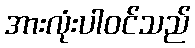
အားလုံးပါဝင်သည်